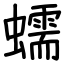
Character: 蠕